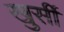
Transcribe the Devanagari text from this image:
खुर्सी